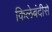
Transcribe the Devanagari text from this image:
किलेबंदीसे